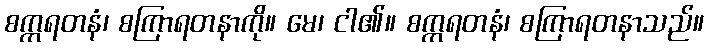
စက္ကရတနံ၊ စကြာရတနာကို။ မေ၊ ငါ၏။ စက္ကရတနံ၊ စကြာရတနာသည်။